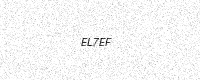
Text: EL7EF